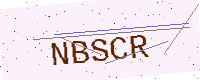
Text: NBSCR